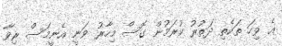
އެ ވިހަ ތަކެތި ދަތުރު ކުރަމުން ގޮސް މިހާރު ވަނީ އެނީމަސް ރިވާ